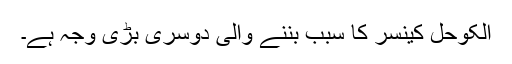
الکوحل کینسر کا سبب بننے والی دوسری بڑی وجہ ہے۔